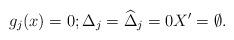
LaTeX: \begin{align*}g_j(x)=0; \Delta_{j}=\widehat{\Delta}_j=0 X' =\emptyset.\end{align*}